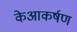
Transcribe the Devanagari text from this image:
केआकर्षण